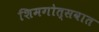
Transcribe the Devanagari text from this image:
शिमगोत्सवात